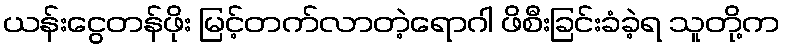
ယန်းငွေတန်ဖိုး မြင့်တက်လာတဲ့ရောဂါ ဖိစီးခြင်းခံခဲ့ရ သူတို့က